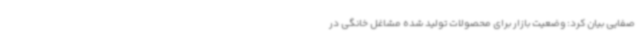
صفایی بیان کرد: وضعیت بازار برای محصولات تولید شده مشاغل خانگی در